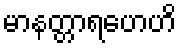
မာနတ္တာရဟေဟိ